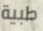
طبية